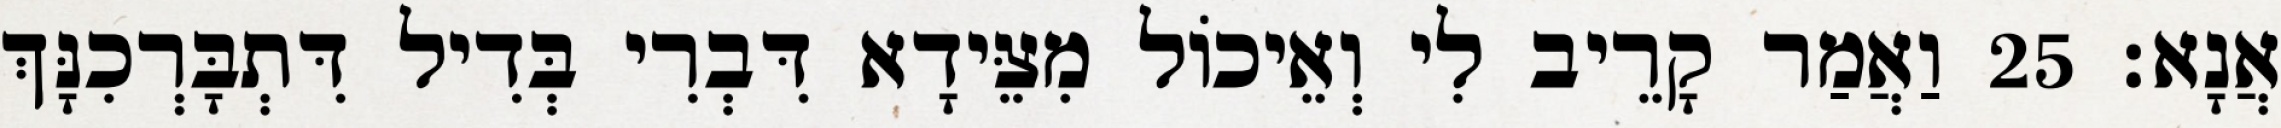
אֲנָא׃ 25 וַאֲמַר קָרֵיב לִי וְאֵיכוֹל מִצֵּידָא דִּבְרִי בְּדִיל דִּתְבָּרְכִנָּךְ